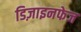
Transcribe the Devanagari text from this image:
डिज़ाइनफेज